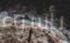
بأسوء